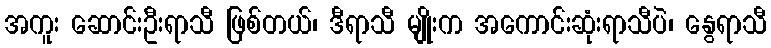
အကူး ဆောင်းဦးရာသီ ဖြစ်တယ်၊ ဒီရာသီ မျိုးက အကောင်းဆုံးရာသီပဲ၊ နွေရာသီ